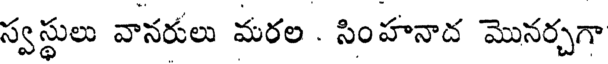
స్వస్థులు వానరులు మరల . సింహనాద మొనర్చగా